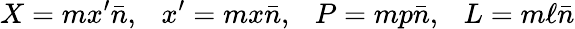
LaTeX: X=mx^{\prime}\bar{n},~~~x^{\prime}=mx\bar{n},~~~P=mp\bar{n},~~~L=m\ell\bar{n}